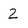
Character: 2